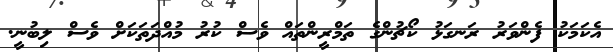
އެކަމަކު ފެންވަރު ރަނގަޅު ކޯޗުންގެ ތަމްރީންތައް ވެސް ކުރު މުއްދަތަކަށް ވެސް ލިބުނީ.